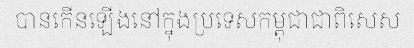
បានកើនឡើងនៅក្នុងប្រទេសកម្ពុជាជាពិសេស